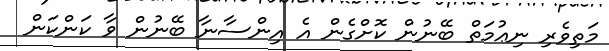
މަތިވެރި ނިޢުމަތް ބޭނުން ކޮށްގެން އެ އިންސާނާ ބޭނުން ވާ ކަންކަން